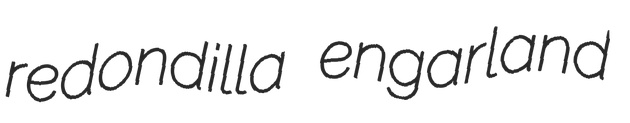
redondilla engarland